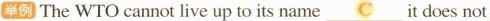
例 The WTO cannot live up to its name \underline{C} it does not